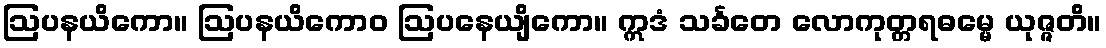
ဩပနယိကော။ ဩပနယိကောဝ ဩပနေယျိကော။ ဣဒံ သင်္ခတေ လောကုတ္တရဓမ္မေ ယုဇ္ဇတိ။